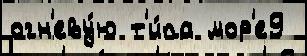
огн'еву́ю т'и́па мор'е9